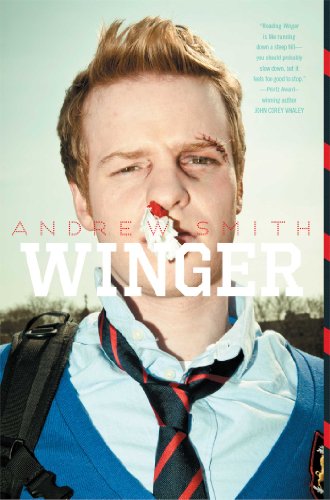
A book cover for Winger; Andrew Smith; Teen & Young Adult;